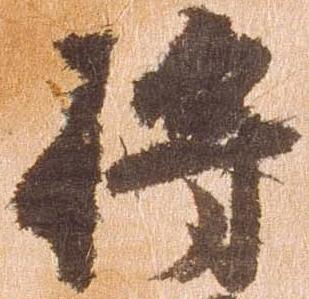
将